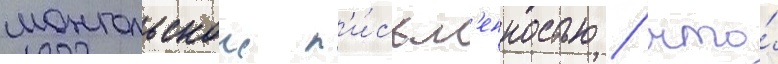
монгольскои п'и́сьм'енностью / что́